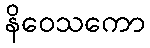
နိဝေသကော